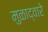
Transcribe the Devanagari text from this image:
मुळाद्वारे